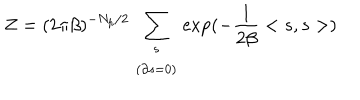
Z = ( 2 \pi \beta ) ^ { - N _ { p } / 2 } \sum _ { \begin{array} { c } { { s } } \\ { { \left( \partial s = 0 \right) } } \\ \end{array} } \exp ( - \frac { 1 } { 2 \beta } < s , s > )